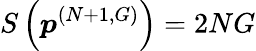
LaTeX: S\left(\boldsymbol{p}^{(N+1,G)}\right)=2NG